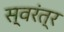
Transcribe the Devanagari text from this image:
स्वरंत्र